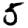
Digit: 5